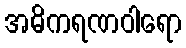
အဓိကရဏဝါရော